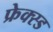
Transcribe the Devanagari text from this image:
फ्रेक्स्ड